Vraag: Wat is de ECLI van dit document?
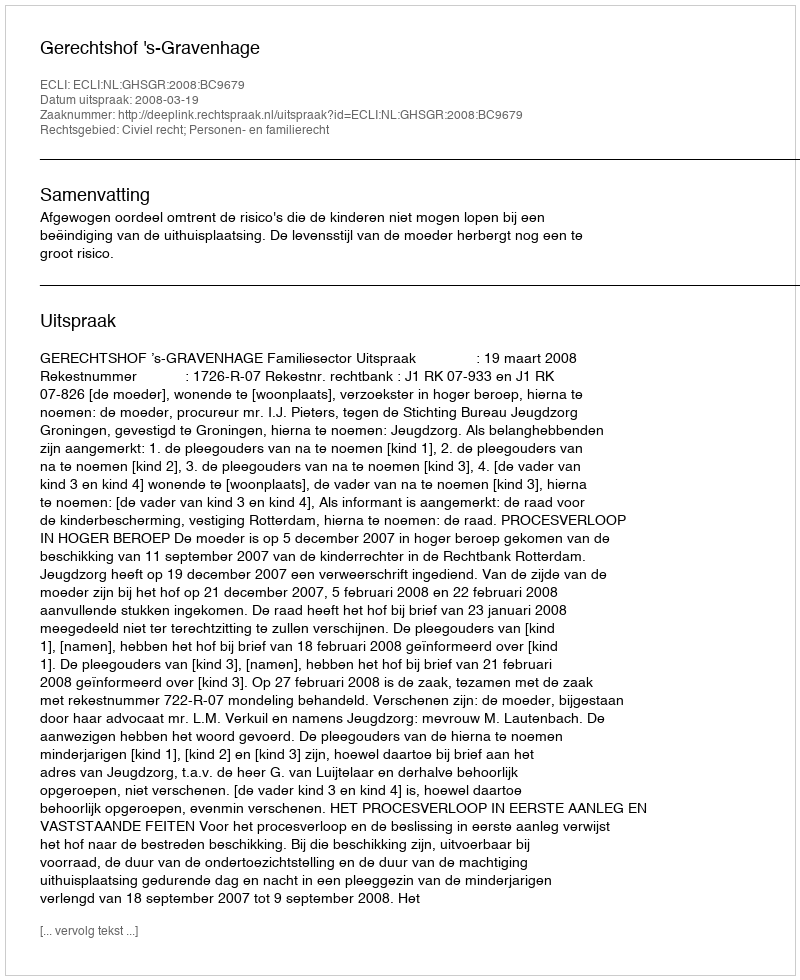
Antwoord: ECLI:NL:GHSGR:2008:BC9679